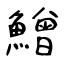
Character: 鱛